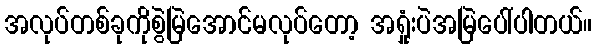
အလုပ်တစ်ခုကိုစွဲမြဲအောင်မလုပ်တော့ အရှုံးပဲအမြဲပေါ်ပါတယ်။